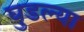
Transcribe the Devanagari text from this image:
घुडल्या